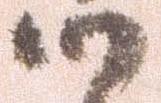
候